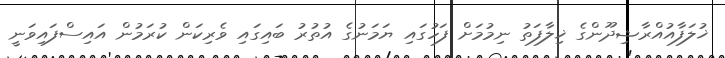
ޚުލަފާއުއްރާޝިދޫންގެ ޚިލާފަތު ނިމުމަށް ފަހުގައި ޔަމަނުގެ އުތުރު ބައިގައި ވެރިކަން ކުރަމުން އައިސްފައިވަނީ